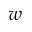
w